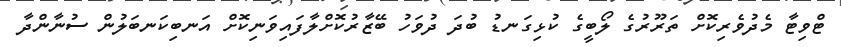
ޓްވިޓާ މެދުވެރިކޮށް ތަރޫރުގެ ލޯބީގެ ކުޅިގަނޑު ބުދަ ދުވަހު ބޭޒާރުކޮށްލާފައިވަނިކޮށް އަނބިކަނބަލުން ސުނާންދާ